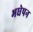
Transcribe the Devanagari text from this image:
भधेपन